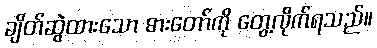
ချိတ်ဆွဲထားသော ဓားတော်ကို တွေ့လိုက်ရသည်။